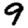
Digit: 9